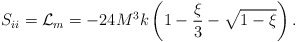
\begin{align*}S_{ii} = {\cal L}_m = -24 M^3 k \left(1 - \frac{\xi}{3} - \sqrt{1 - \xi}\right).\end{align*}